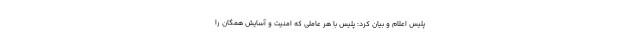
پلیس اعلام و بیان کرد: پلیس با هر عاملی که امنیت و آسایش همگان را